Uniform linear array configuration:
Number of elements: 64
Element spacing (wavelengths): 0.75
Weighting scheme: hann
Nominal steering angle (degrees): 30
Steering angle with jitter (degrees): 30.84
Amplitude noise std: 0.05
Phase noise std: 0.05

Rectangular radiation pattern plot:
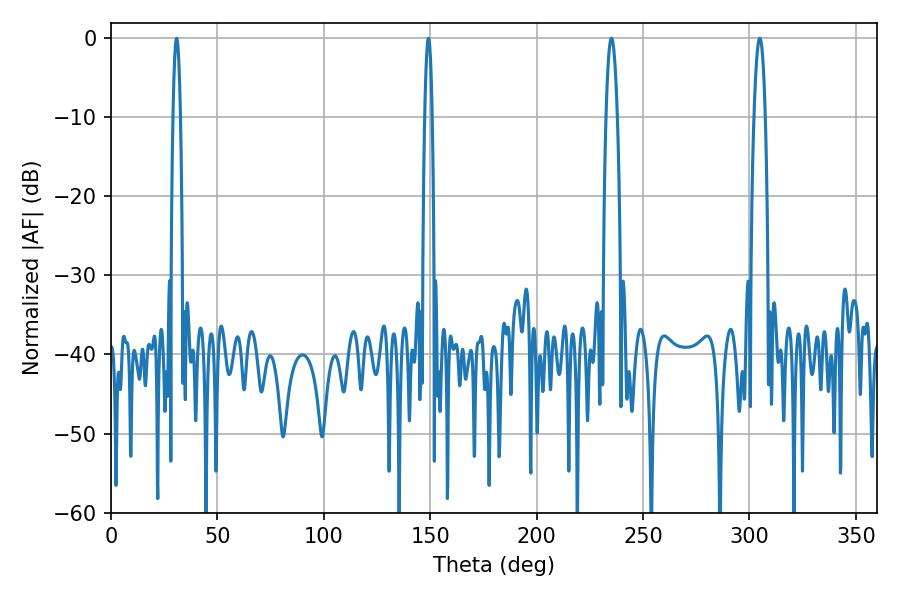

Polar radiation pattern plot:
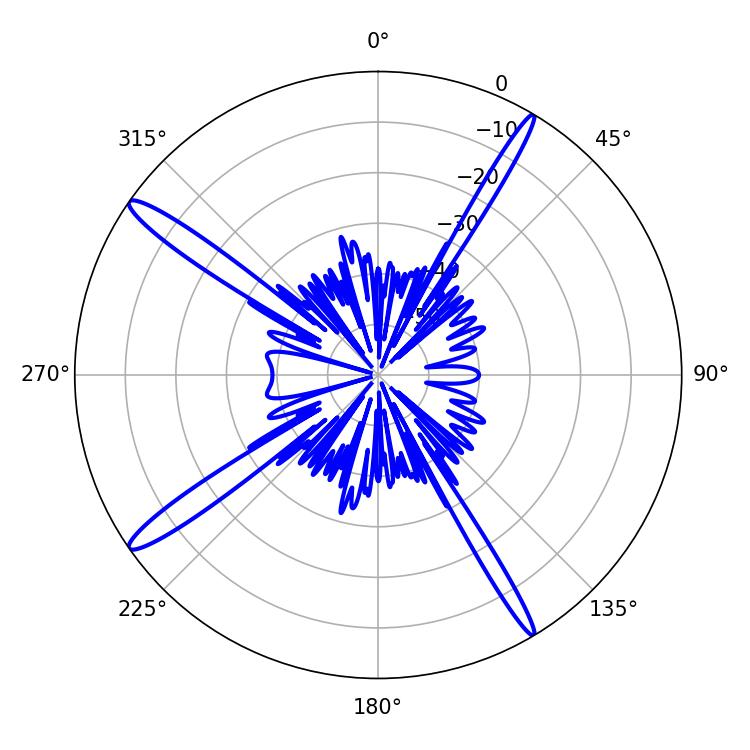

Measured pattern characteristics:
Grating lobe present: TRUE
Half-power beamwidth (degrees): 2.88
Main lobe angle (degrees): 235.08